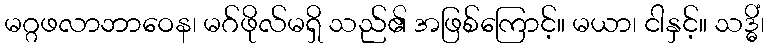
မဂ္ဂဖလာဘာဝေန၊ မဂ်ဖိုလ်မရှိ သည်၏ အဖြစ်ကြောင့်။ မယာ၊ ငါနှင့်။ သဒ္ဓိံ၊